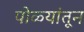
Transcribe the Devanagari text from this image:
पोळ्यांतून